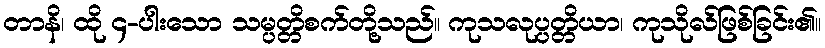
တာနိ၊ ထို ၄-ပါးသော သမ္ပတ္တိစက်တို့သည်။ ကုသလုပ္ပတ္တိယာ၊ ကုသိုလ်ဖြစ်ခြင်း၏။